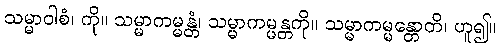
သမ္မာဝါစံ၊ ကို။ သမ္မာကမ္မန္တံ၊ သမ္မာကမ္မန္တကို။ သမ္မာကမ္မန္တောတိ၊ ဟူ၍။